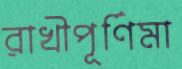
রাখীপূর্ণিমা